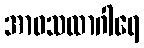
အာဝသထာဂါရေ